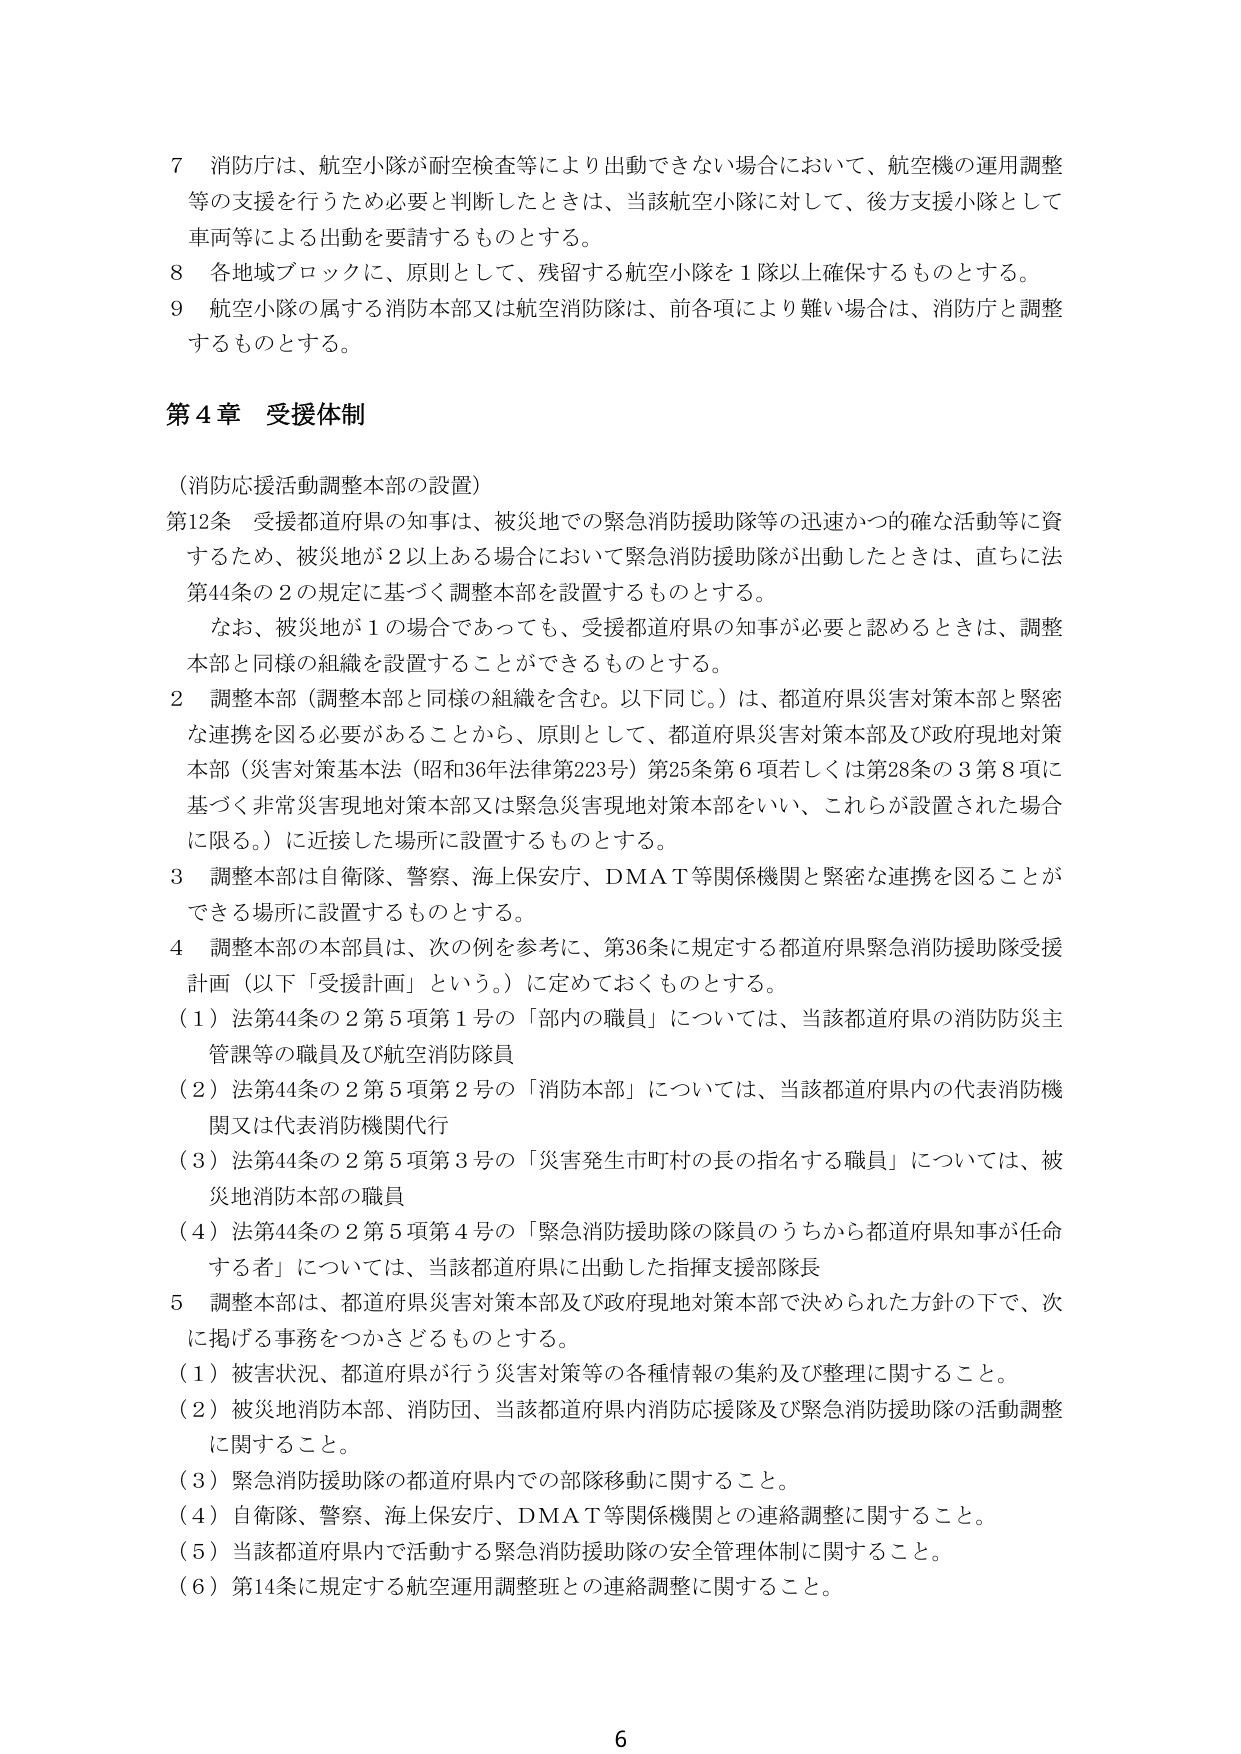
7 消防庁は、航空小隊が耐空検査等により出動できない場合において、航空機の運用調整等の支援を行うため必要と判断したときは、当該航空小隊に対して、後方支援小隊として車両等による出動を要請するものとする。

8 各地域ブロックに、原則として、残留する航空小隊を1隊以上確保するものとする。

9 航空小隊の属する消防本部又は航空消防隊は、前各項により難い場合は、消防庁と調整するものとする。

第4章 受援体制

（消防応援活動調整本部の設置）

第12条 受援都道府県の知事は、被災地での緊急消防援助隊等の迅速かつ的確な活動等に資するため、被災地が2以上ある場合において緊急消防援助隊が出動したときは、直ちに法第44条の2の規定に基づく調整本部を設置するものとする。

　なお、被災地が1の場合であっても、受援都道府県の知事が必要と認めるときは、調整本部と同様の組織を設置することができるものとする。

2 調整本部（調整本部と同様の組織を含む。以下同じ。）は、都道府県災害対策本部と緊密な連携を図る必要があることから、原則として、都道府県災害対策本部及び政府現地対策本部（災害対策基本法（昭和36年法律第223号）第25条第6項若しくは第28条の3第8項に基づく非常災害現地対策本部又は緊急災害現地対策本部をいい、これらが設置された場合に限る。）に近接した場所に設置するものとする。

3 調整本部は自衛隊、警察、海上保安庁、DMAT等関係機関と緊密な連携を図ることができる場所に設置するものとする。

4 調整本部の本部員は、次の例を参考に、第36条に規定する都道府県緊急消防援助隊受援計画（以下「受援計画」という。）に定めておくものとする。

（1）法第44条の2第5項第1号の「部内の職員」については、当該都道府県の消防防災主管課等の職員及び航空消防隊員

（2）法第44条の2第5項第2号の「消防本部」については、当該都道府県内の代表消防機関又は代表消防機関代行

（3）法第44条の2第5項第3号の「災害発生市町村の長の指名する職員」については、被災地消防本部の職員

（4）法第44条の2第5項第4号の「緊急消防援助隊の隊員のうちから都道府県知事が任命する者」については、当該都道府県に出動した指揮支援部隊長

5 調整本部は、都道府県災害対策本部及び政府現地対策本部で決められた方針の下で、次に掲げる事務をつかさどるものとする。

（1）被害状況、都道府県が行う災害対策等の各種情報の集約及び整理に関すること。

（2）被災地消防本部、消防団、当該都道府県内消防応援隊及び緊急消防援助隊の活動調整に関すること。

（3）緊急消防援助隊の都道府県内での部隊移動に関すること。

（4）自衛隊、警察、海上保安庁、DMAT等関係機関との連絡調整に関すること。

（5）当該都道府県内で活動する緊急消防援助隊の安全管理体制に関すること。

（6）第14条に規定する航空運用調整班との連絡調整に関すること。

6